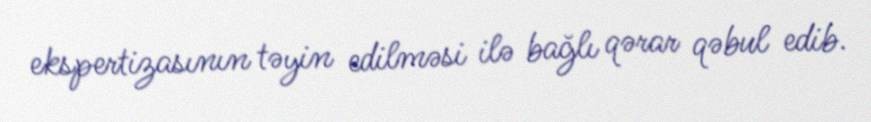
ekspertizasının təyin edilməsi ilə bağlı qərar qəbul edib.